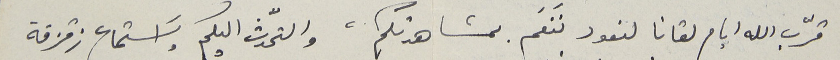
قرّب الله ايام لقانا لنعود نَنعَم بمشاهدتكم، والتحّدث اليكم واسَتماع زقزقة